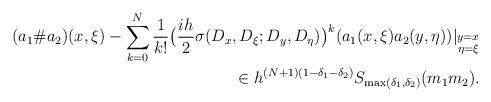
LaTeX: \begin{align*}\begin{aligned}(a_1\# a_2)(x,\xi)-\sum_{k=0}^N\frac{1}{k!} \big(\frac{ih}{2} \sigma(D_x,D_\xi; D_y,D_\eta)\big)^k(a_1(x,\xi) a_2(y,\eta))|_{\substack{y=x\\ \eta=\xi}}\\\in h^{(N+1)(1-\delta_1-\delta_2)}S_{\max(\delta_1,\delta_2)}(m_1m_2).\end{aligned}\end{align*}